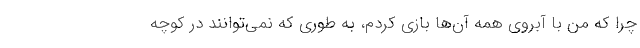
چرا که من با آبروی همه آن‌ها بازی کردم، به طوری که نمی‌توانند در کوچه